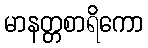
မာနတ္တစာရိကော